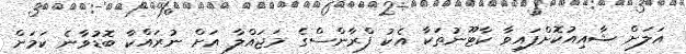
އަލަށް ޝާއިއުކޮށްފައިވާ ކާޓޫނުތަކާ އެކު ފްރާންސްގެ މަޖައްލާ އަށް ނުރައްކާ ބޮޑުވާނެ ކަމަށް